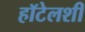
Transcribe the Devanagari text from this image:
हॉटेलशी